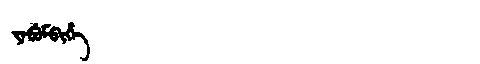
Manchu: ᠶᠠᠪᡠᠮᠪᡳᡥᡝ
Romanization: YABUMBIHE